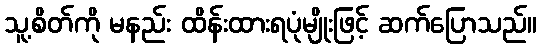
သူ့စိတ်ကို မနည်း ထိန်းထားရပုံမျိုးဖြင့် ဆက်ပြောသည်။